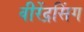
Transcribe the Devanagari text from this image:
वीरेंद्रसिंग